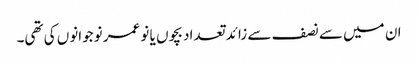
ان میں سے نصف سے زائد تعداد بچوں یا نو عمر نوجوانوں کی تھی۔